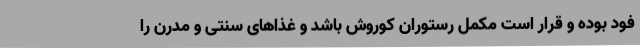
فود بوده و قرار است مکمل رستوران کوروش باشد و غذاهای سنتی و مدرن را